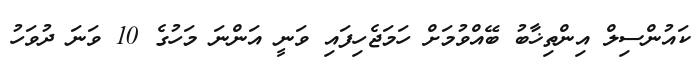
ކައުންސިލް އިންތިޚާބު ބޭއްވުމަށް ހަމަޖެހިފައި ވަނީ އަންނަ މަހުގެ 10 ވަނަ ދުވަހު